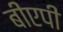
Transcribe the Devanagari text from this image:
बीएपी